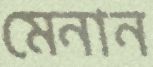
মেনান